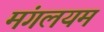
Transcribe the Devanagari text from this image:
मंगलयम